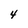
Character: 4